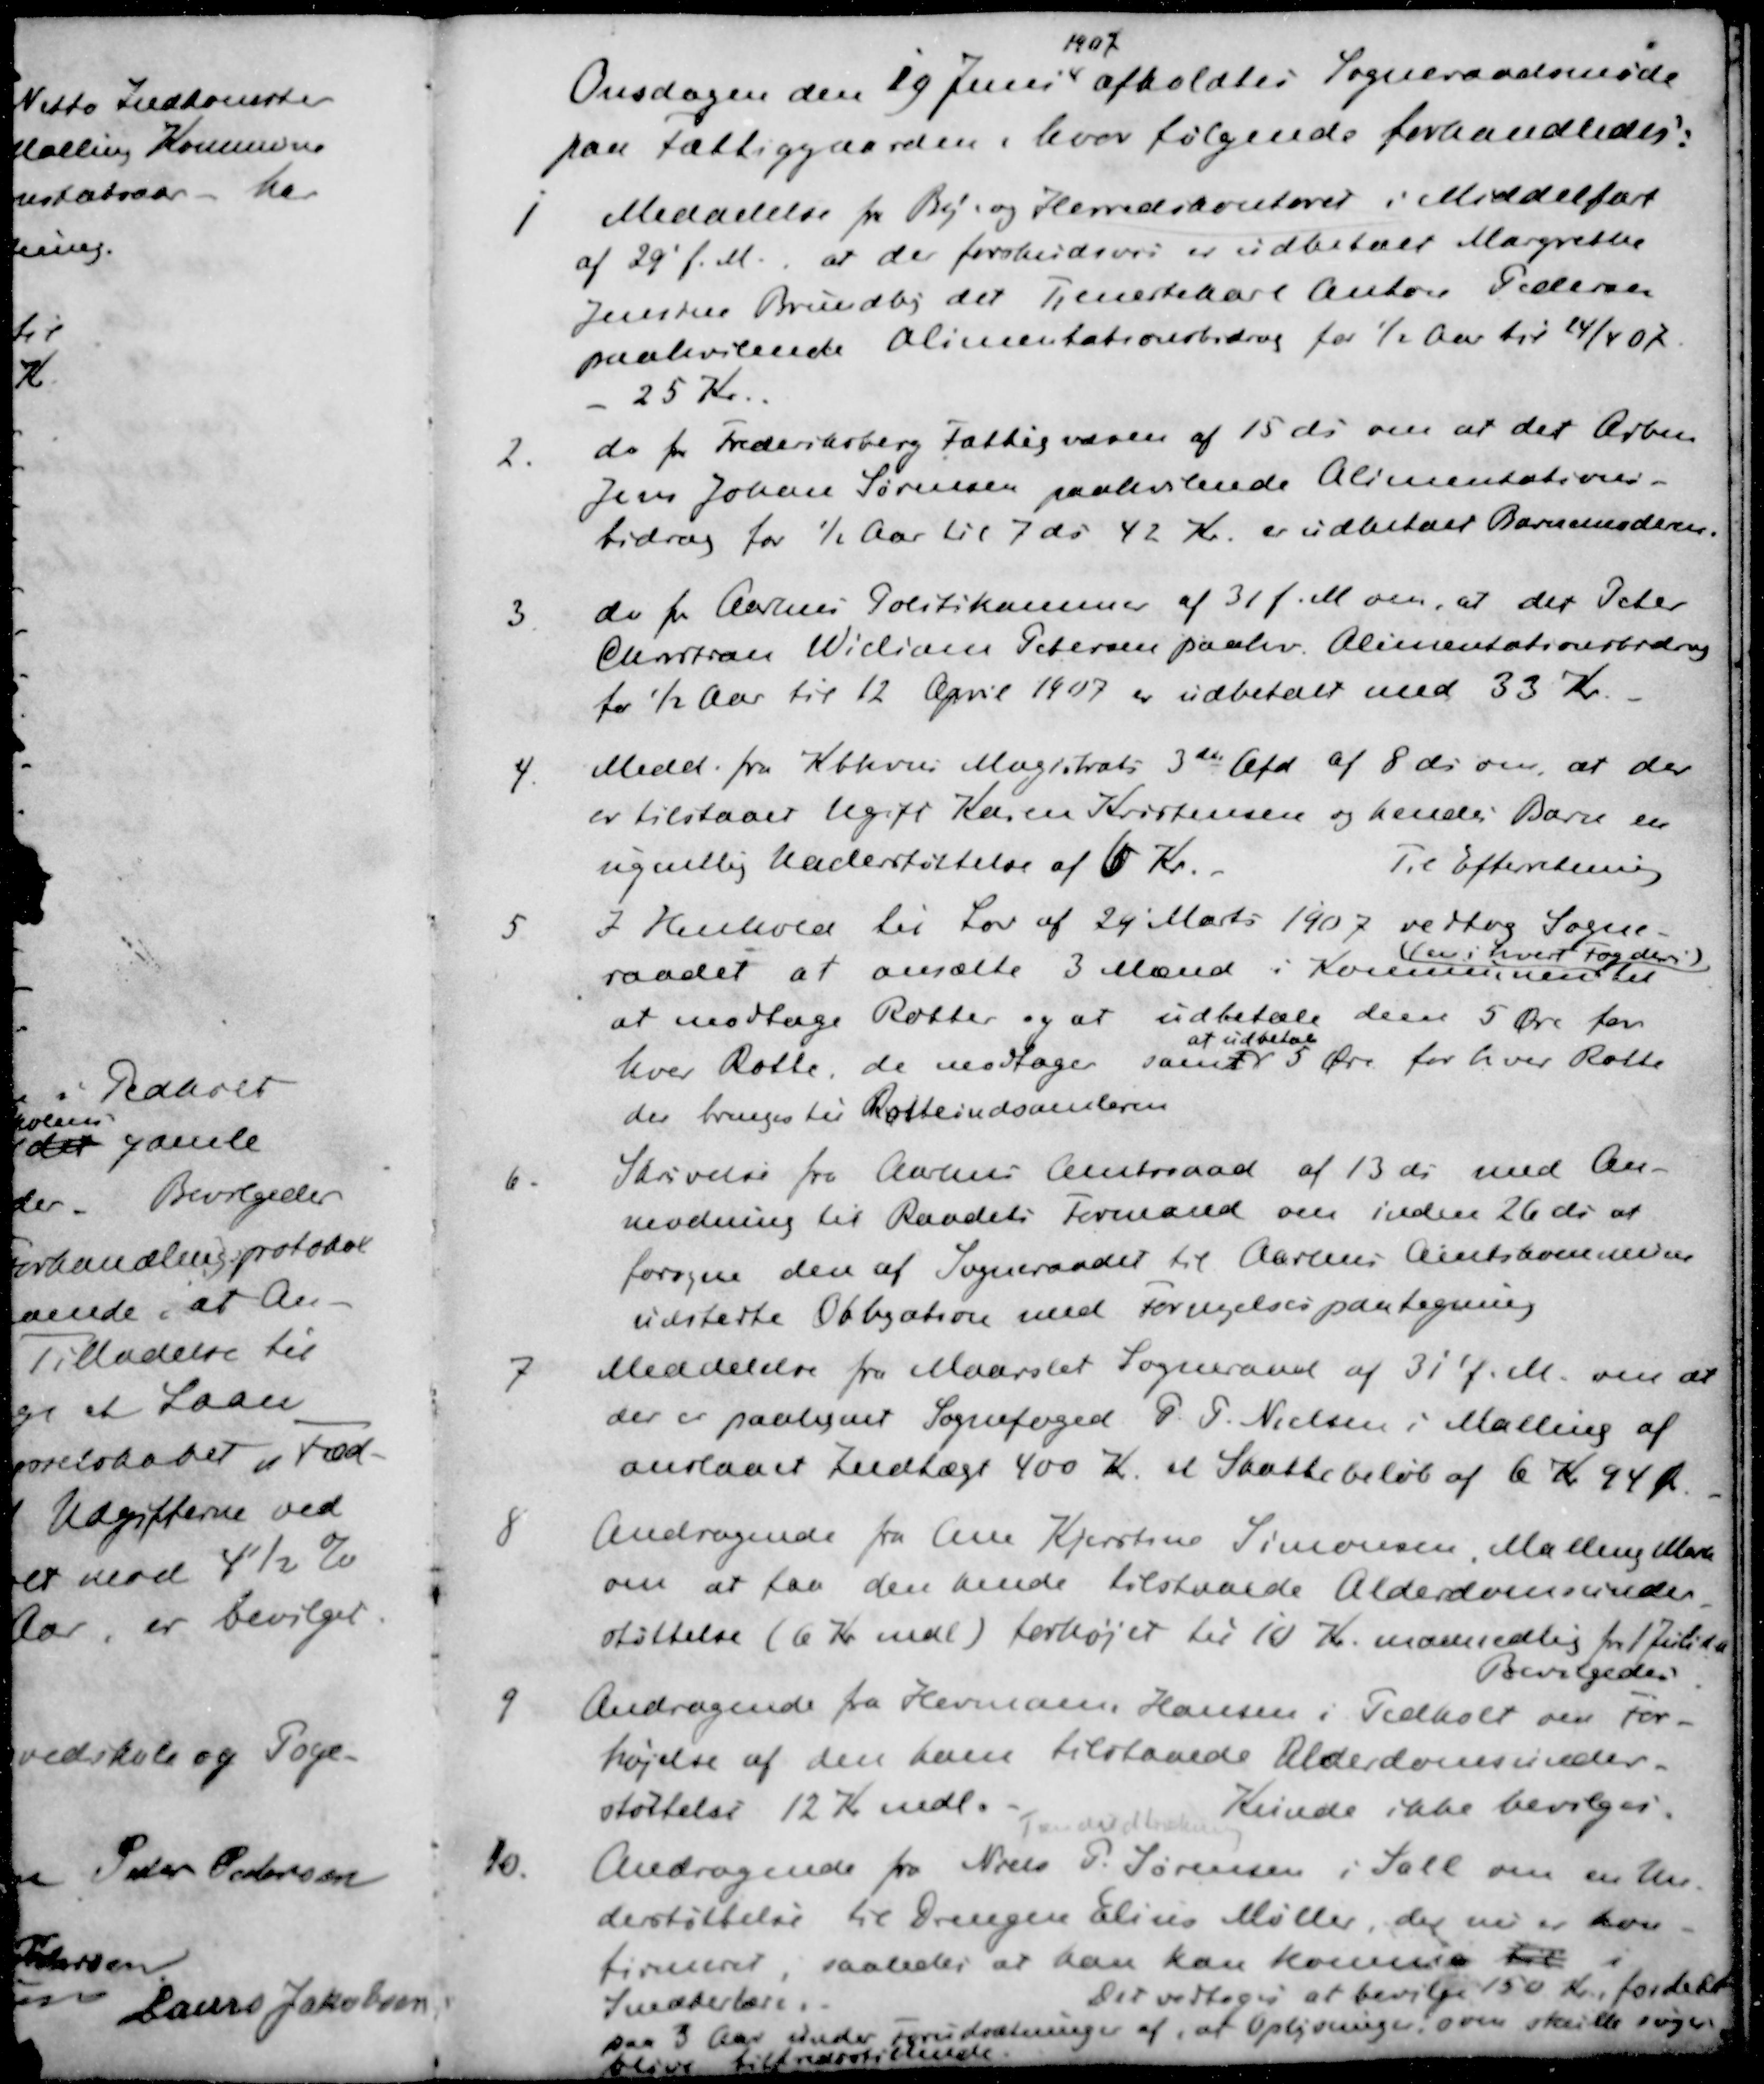
Transskription:
1907
Onsdagen den 19 Juni afholdtes Sogneraadsmøde
paa Fattiggaarden, hvor følgende forhandledes:
1 Meddelelse fra By- og Herredskontoret i Middelfart
af 29 f. M., at der forskudsvis er udbetalt Margrethe
Jensine Brundby det Tjenestekarl Anton Pedersen
paahvilende Alimentationsbidrag for ½ Aar til 24/4 07.
- 25 Kr.
2. do for Frederiksberg Fattigvæsen af 15 ds om at det Arbm
Jens Johan Sørensen paahvilende Alimentations-
bidrag for ½ Aar til 7 ds 42 Kr. er udbetalt Barnemoderen
3 do for Aarhus Politikammer af 31 f.M om, at det Peter
Christian William Petersen paahv. Alimentationsbidrag
for ½ Aar til 12 April 1907 er udbetalt med 33 Kr.
4. Medd. fra Kbhvns Magistrats 3de Afd. af 8 ds om, at der
er tilstaaet Ugift Karen Kristensen og hendes Barn en
ugentlig Understøttelse af 6 Kr.
Til Efterretning
5. I Henhold til Lov af 29' Marts 1907 vedtog Sogne-
( en i hvert Fogderi )
raadet at ansætte 3 Mænd i Kommunen til
at modtage Rotter og at udbetale den 5 Øre for
at udbetale
hver Rotte, de modtage samt 5 Øre for hver Rotte
der bringes til Rotteindsamleren
6. Skrivelse fra Aarhus Amtsraad af 13 ds med An-
modning til Raadets Formand om inden 26 ds at
forsyne den af Sogneraadet til Aarhus Amtskommune
udstedte Obligation med Fornyelsespaategning
7. Meddelelse fra Maarslet Sogneraad af 31' f.M. om at
der er paalignet Sognefoged P. P. Nielsen i Malling af
anslaaet Indtægt 400 Kr. et Skattebeløb af 6 Kr. 94 Øre.
8. Andragende fra Ane Kjerstine Simonsen, Malling Mark
om at faa den hende tilstaaede Alderdomsunder-
støttelse (6 Kr. mdl) forhøjet til 10 Kr. maanedlig fra 1 Juli d a
Bevilgedes
9. Andragende fra Hermann Hansen i Pedholt om For-
højelse af den ham tilstaaede Alderdomsunder-
støttelse 12 Kr mdl. Kunde ikke bevilges
10 Andragende fra Niels P. Sørensen i Sall om en Un-
derstøttelse til Drengen Elias Møller, der nu er kon-
firmeret, saaledes at han kan komme til i
Snedkerlære
Det vedtoges at bevilge 150 Kr., fordelt
paa 3 Aar under Forudsætning af, at Oplysninger som skulle søger
bliver tilfredsstillende